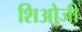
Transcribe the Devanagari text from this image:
शिओजी